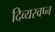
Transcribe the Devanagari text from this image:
दिव्यस्वप्न